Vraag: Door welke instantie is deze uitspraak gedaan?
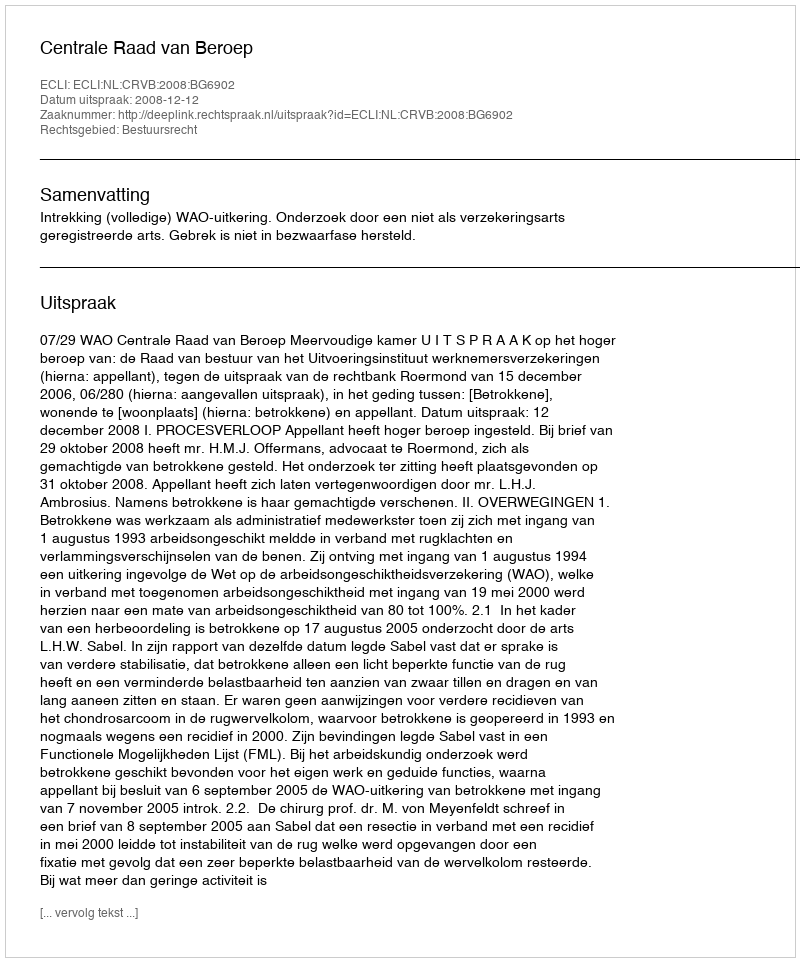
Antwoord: Centrale Raad van Beroep